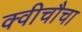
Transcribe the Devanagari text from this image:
क्वीचौचा